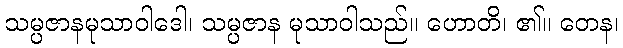
သမ္ပဇာနမုသာဝါဒေါ၊ သမ္ပဇာန မုသာဝါသည်။ ဟောတိ၊ ၏။ တေန၊